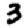
Digit: 3